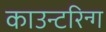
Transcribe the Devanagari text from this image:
काउन्टरिन्ग